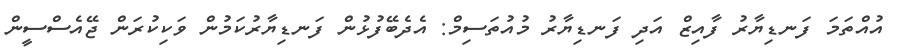
އުއްތަމަ ފަނޑިޔާރު ފާއިޒް އަދި ފަނޑިޔާރު މުއުތަސިމް: އެދެބޭފުޅުން ފަނޑިޔާރުކަމުން ވަކިކުރަން ޖޭއެސްސީން